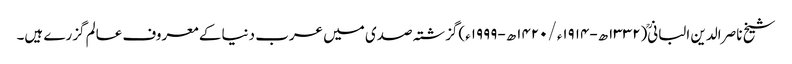
شیخ ناصر الدین البانی(۱۳۳۲ھ-۱۹۱۴ء/۱۴۲۰ھ-۱۹۹۹ء)گزشتہ صدی میں عرب دنیا کے معروف عالم گزرے ہیں۔